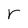
Character: r